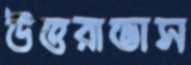
উত্তরাভাস